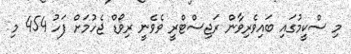
މި ސްކީމުގައި ބައިވެރިވާން ރަޖިސްޓްރީ ވެވެނީ ރިވޯޑް ޖެހުމަށް ފަހު 454 މި